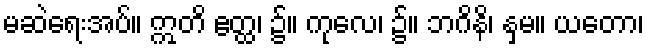
မဆဲရေးအပ်။ ဣတိ ဧတ္ထ၊ ၌။ ကုလေ၊ ၌။ ဘဂိနိ၊ နှမ။ ယတော၊